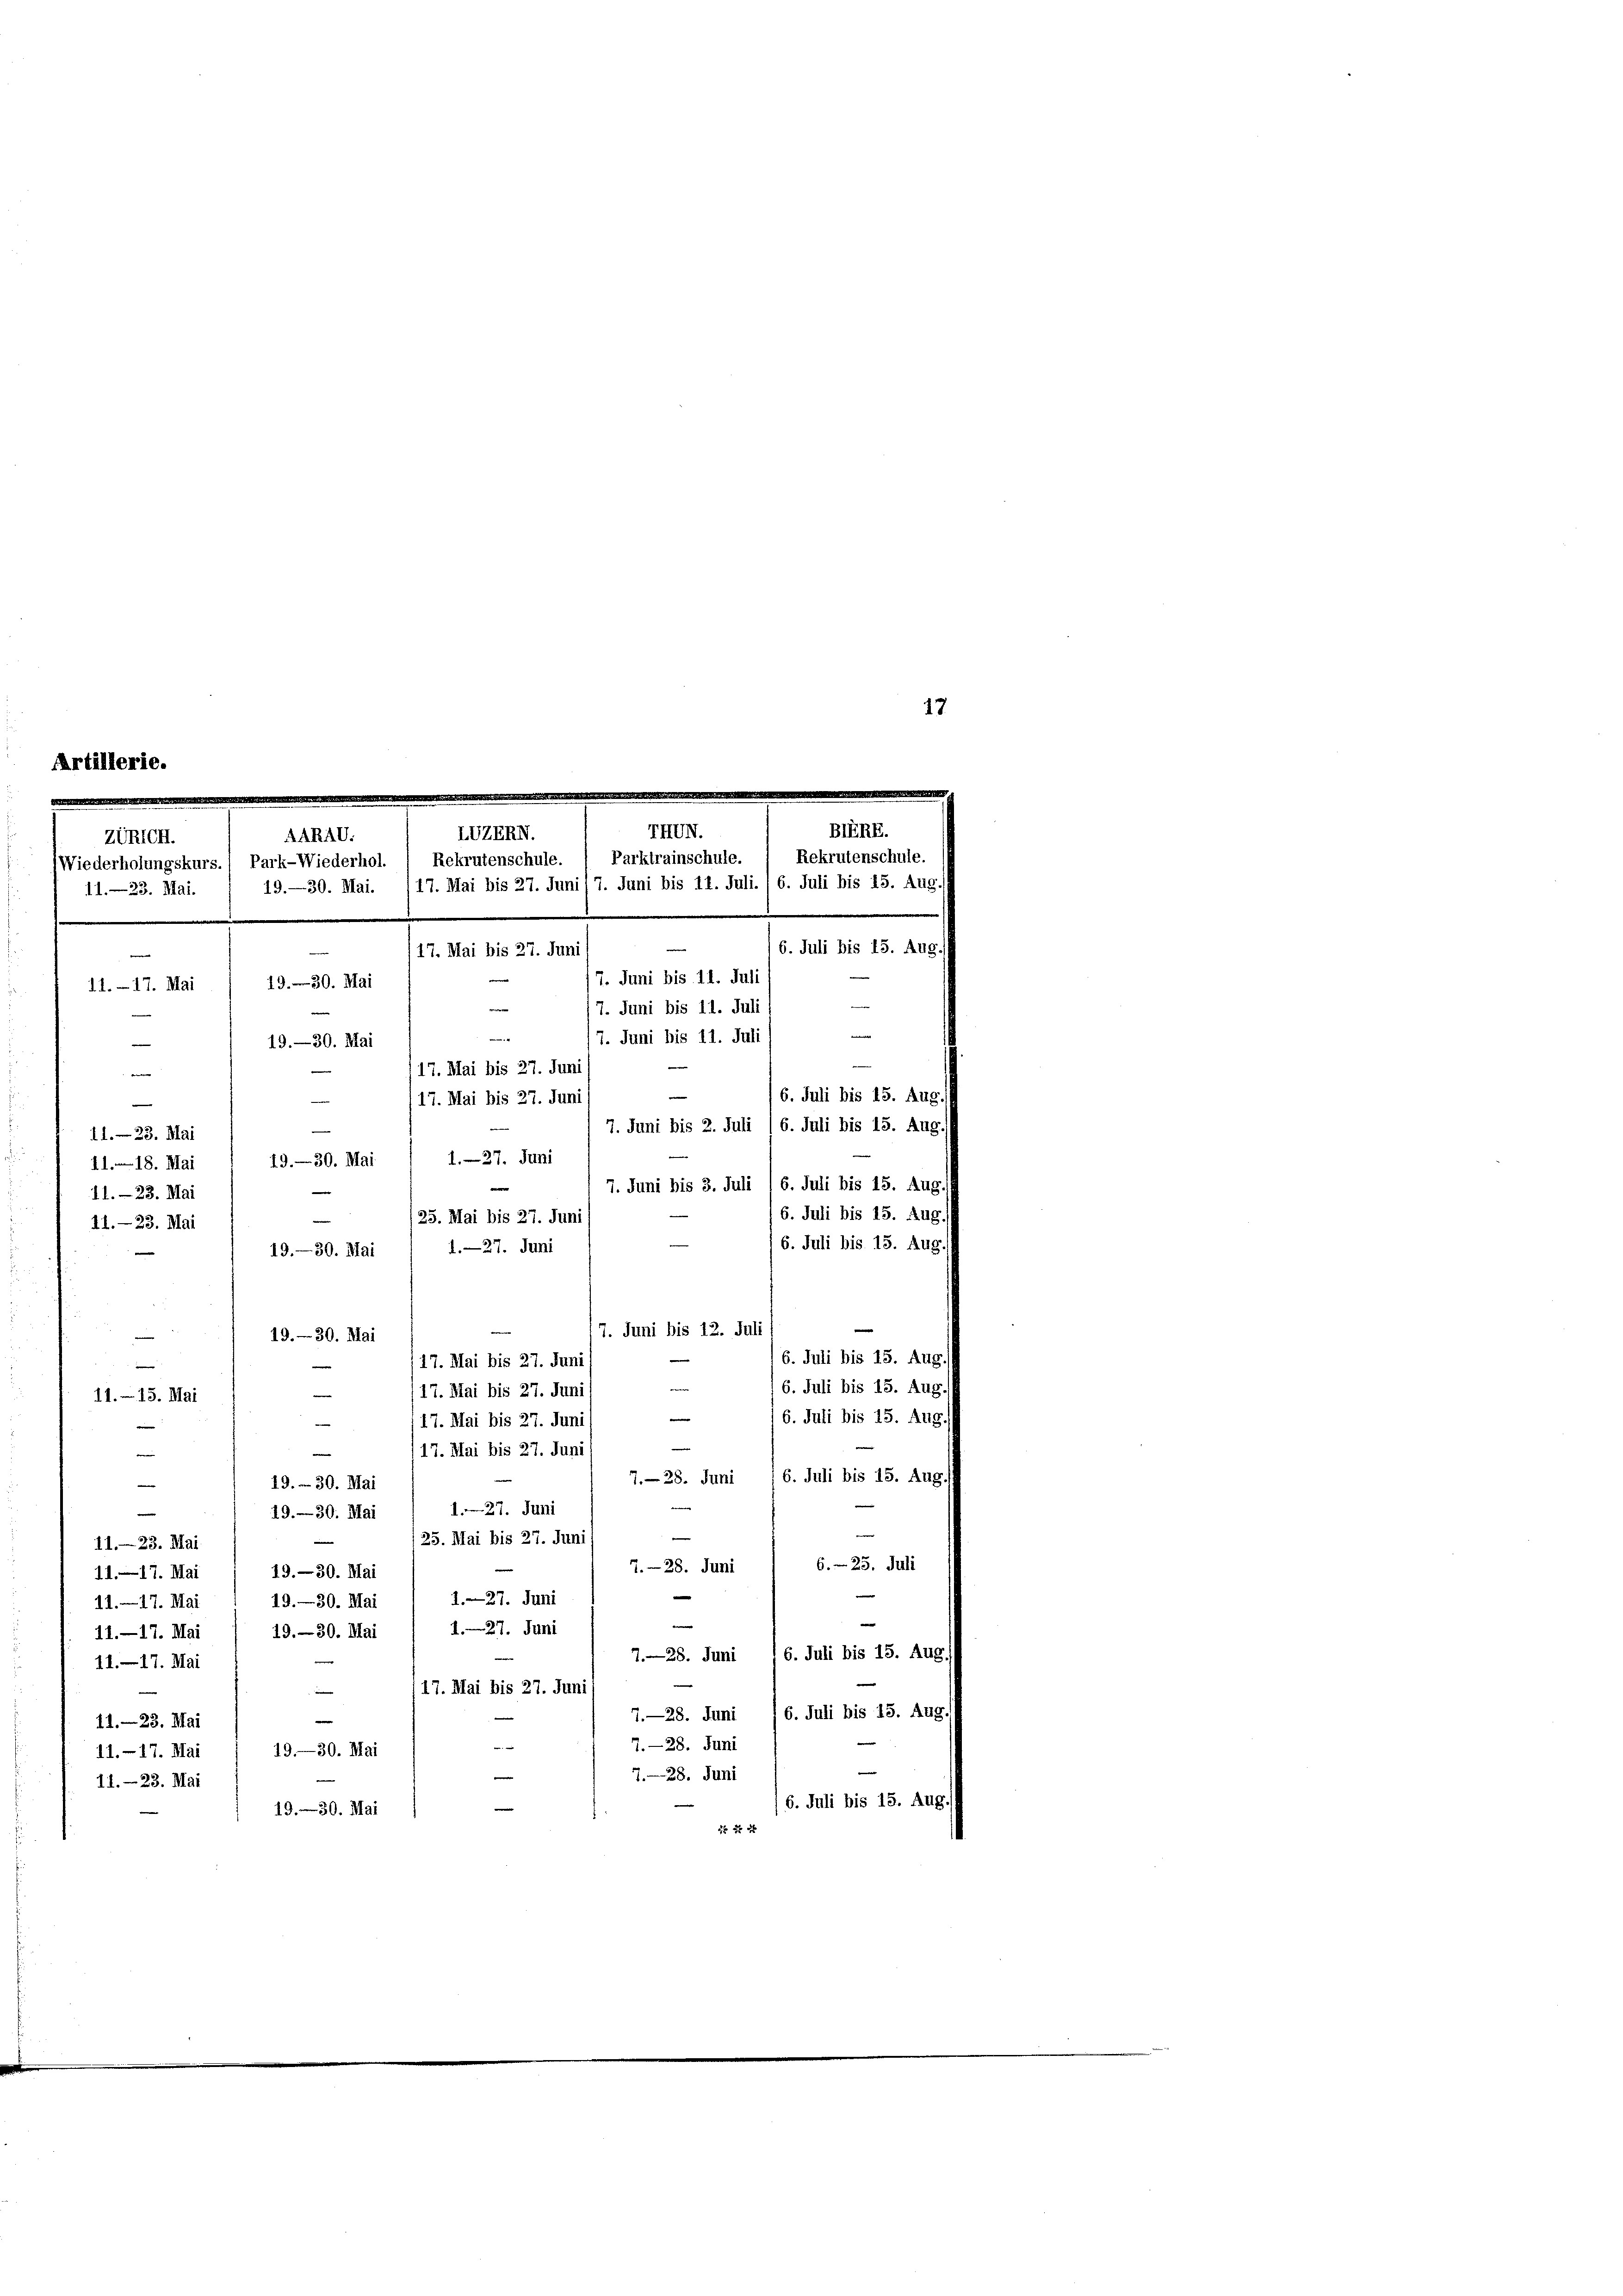
25. Mai bis 27. Juni
—
41.- 23. Mai
1.—27. Juni
19.—30. Mai
17. Juni bis 12. Juli
19.- 30. Mai
e
17. Mai bis 27. Juni
e
e
17. Mai bis 27. Juni
11. 15. Mai
e
17. Mai bis 27. Jun
e
17. Mai bis 27. Juni
e
6. Juli bis 15. Aug
7. 28. Juni
19. 30. Mai
e
127. Juni
e
19. 30. Mai
e
—
25. Mai bis 27. Juni
11.-23. Mai
6. 25. Juli
7. 28. Juni
19.—30. Mai
11—17. Mai
1—27. Juni
19. 30. Mai
11.-17. Mai
e
e
1—27. Juni
19. 30. Mai
11.—17. Mai
6. Juli bis 15. Aug
7—28. Juni
11.—17. Mai
17. Mai bis 27. Juni
6. Juli bis 15. Aug
7.—28. Juni
|
11.-23. Mai
—
7.—28. Juni
19.—30. Mai
11.-17. Mai
7—28. Juni
11.-23. Mai
/6. Juli bis 15. Aug.
19. 30. Mai
2f 2 x

1. 2. – 17. Mai

Zürich.
Wiederholungskurs.
11.—23. Mai.
.

.
.
7. Juni bis 11. Juli
e
1939. Mai
7. Juni bis 11. Juli
e
e
7. Juni bis 11. Juli
19.—30. Mai
17. Mai bis 27. Juni
e
e
17. Mai bis 27. Juni
Sitz
—
7. Juni bis 2. Juli 16. Juli bis 15. Aug.
e
11. 23. Mai
1—27. Juni
19.- 30. Mai
11. 18. Mai
7. Juni bis 3. Juli /6. Juli bis 15. Aug.
11.-23. Mai

THUN.
EUZERN.
AARAD.
Rekrutenschule. 1 Parktrainschule.  Rekrutenschule
Park-Wiederhol.
19.—30. Mai. 117. Mai bis 27. Juni / 7. Juni bis 11. Juli., 6. Juli bis 15. J
17. Mai bis 27. Juni

6. Juli bis 15

A4.

6. Juli bis 15. Aug.
6. Juli bis 15. Aus
6. Juli bis 15. Aug

16. Juli bis 15. Aug
6. Juli bis 15. Aug
16. Juli bis 15. Aug.

17